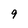
Character: 9